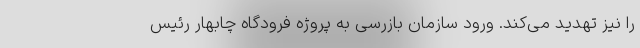
را نیز تهدید می‌کند. ورود سازمان بازرسی به پروژه فرودگاه چابهار رئیس